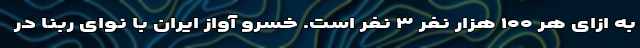
به ازای هر ۱۰۰ هزار نفر ۳ نفر است. خسرو آواز ایران با نوای ربنا در